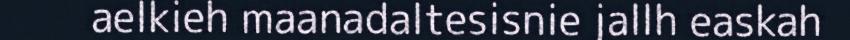
aelkieh maanadaltesisnie jallh easkah